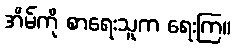
အိမ်ကို စာရေးသူက ရေးကြ။